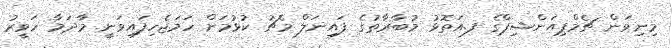
މިނިވަން ޗެމްޕިއަންޝިޕްގެ ފ.އަތޮޅު މުބާރާތުގެ ފައިނަލް މެޗު ކުޅުމަށް ހަމަޖެހިފައިވަނީ މާދަމާ ހަވީރު